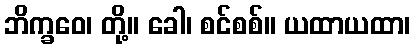
ဘိက္ခဝေ၊ တို့။ ခေါ၊ စင်စစ်။ ယထာယထာ၊